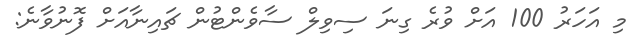
މި އަހަރު 100 އަށް ވުރެ ގިނަ ސިވިލް ސާވެންޓުން ޗައިނާއަށް ފޮނުވާނެ: